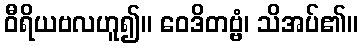
ဝီရိယဗလဟူ၍။ ဝေဒိတဗ္ဗံ၊ သိအပ်၏။